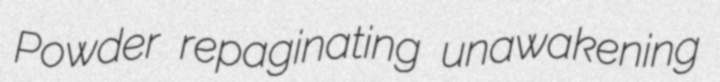
Powder repaginating unawakening